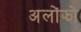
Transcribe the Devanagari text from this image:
अलोंझो